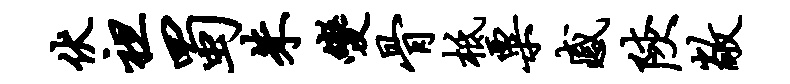
伏袒蜀朱变骨柢粟感陕敞